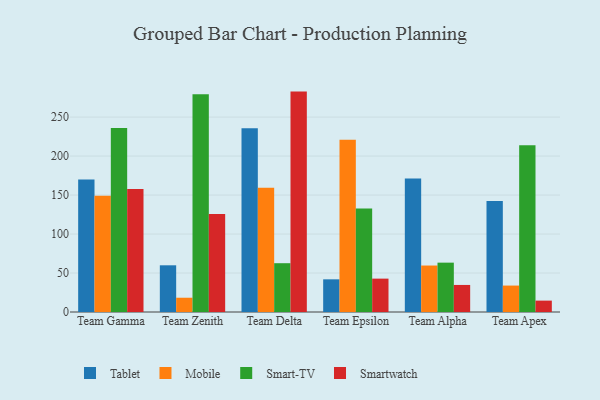
{"axis": {"x": "Team", "y": "Website Visitors"}, "legend": ["Mobile", "Smart-TV", "Smartwatch", "Tablet"], "data": [{"x": "Team Gamma", "y": 170.1, "type": "Tablet"}, {"x": "Team Gamma", "y": 149.0, "type": "Mobile"}, {"x": "Team Gamma", "y": 236.1, "type": "Smart-TV"}, {"x": "Team Gamma", "y": 157.8, "type": "Smartwatch"}, {"x": "Team Zenith", "y": 59.9, "type": "Tablet"}, {"x": "Team Zenith", "y": 18.3, "type": "Mobile"}, {"x": "Team Zenith", "y": 279.2, "type": "Smart-TV"}, {"x": "Team Zenith", "y": 125.8, "type": "Smartwatch"}, {"x": "Team Delta", "y": 235.8, "type": "Tablet"}, {"x": "Team Delta", "y": 159.5, "type": "Mobile"}, {"x": "Team Delta", "y": 62.6, "type": "Smart-TV"}, {"x": "Team Delta", "y": 282.7, "type": "Smartwatch"}, {"x": "Team Epsilon", "y": 41.9, "type": "Tablet"}, {"x": "Team Epsilon", "y": 221.0, "type": "Mobile"}, {"x": "Team Epsilon", "y": 132.9, "type": "Smart-TV"}, {"x": "Team Epsilon", "y": 42.8, "type": "Smartwatch"}, {"x": "Team Alpha", "y": 171.3, "type": "Tablet"}, {"x": "Team Alpha", "y": 59.6, "type": "Mobile"}, {"x": "Team Alpha", "y": 63.3, "type": "Smart-TV"}, {"x": "Team Alpha", "y": 34.7, "type": "Smartwatch"}, {"x": "Team Apex", "y": 142.5, "type": "Tablet"}, {"x": "Team Apex", "y": 33.9, "type": "Mobile"}, {"x": "Team Apex", "y": 214.0, "type": "Smart-TV"}, {"x": "Team Apex", "y": 14.6, "type": "Smartwatch"}]}